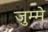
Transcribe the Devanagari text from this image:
जुम्मे